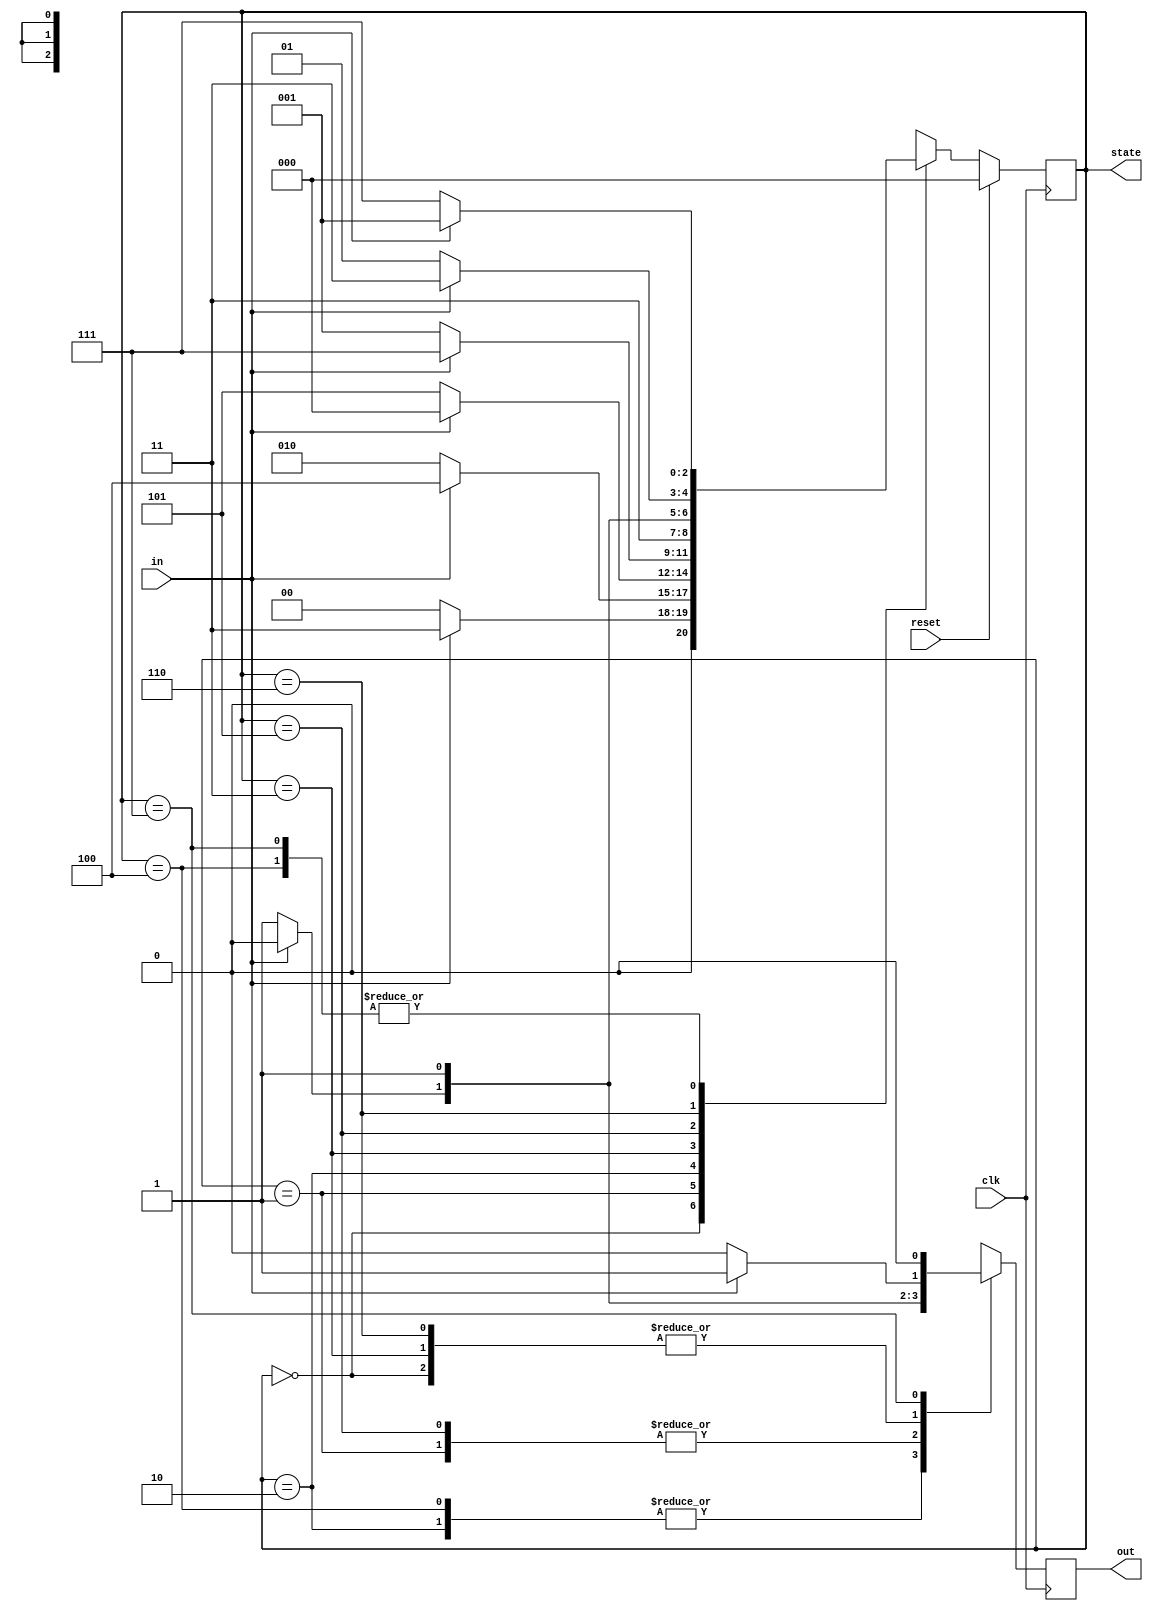
`timescale 1ns/10ps
module N1(clk, in, out, reset, state);
	parameter S0 = 0,
             S1 = 1,
             S2 = 2,
             S3 = 3,
             S4 = 4,
             S5 = 5,
             S6 = 6,
             S7 = 7;
	input clk, in, reset;
	output reg out;
	output reg [2:0]state;
	reg [2:0] next_state;
	always@(posedge clk)begin
		if(reset)begin
			state <= 0;
		end else begin
			state <= next_state;
		end
	end
	
	always@( clk , in)begin
		case(state)
			S0: next_state = in ? S3 : S0;
			S1: next_state = in ? S4 : S2;
			S2: next_state = in ? S0 : S5;
			S3: next_state = in ? S7 : S1;
			S4: next_state = in ? S1 : S7;
			S5: next_state = in ? S6 : S7;
			S6: next_state = in ? S7 : S5;
			S7: next_state = in ? S1 : S7;
			default: next_state = 0;
		endcase
	end
	
	always@(posedge clk)begin
		case(state)
			S0: out <= in ? 1 : 0;
			S1: out <= in ? 1 : 1;
			S2: out <= in ? 0 : 1;
			S3: out <= in ? 1 : 0;
			S4: out <= in ? 0 : 1;
			S5: out <= in ? 1 : 1;
			S6: out <= in ? 1 : 0;
			S7: out <= in ? 0 : 0;
			default out <= 0;
		endcase
	end

endmodule